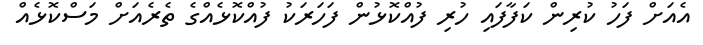
އެއަށް ފަހު ކުރިން ކަފާފައި ހުރި ފުއްކޮޅުން ފަހަރަކު ފުއްކޮޅެއްގެ ތެރެއަށް މަސްކޮޅެއް